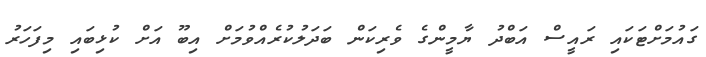
ގައުމަށްޓަކައި ރައީސް އަބްދު ޔާމީންގެ ވެރިކަން ބަދަލުކުރެއްވުމަށް އިބޫ އަށް ކުޅިބައި މިފަހަރު